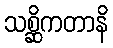
သစ္ဆိကတာနိ